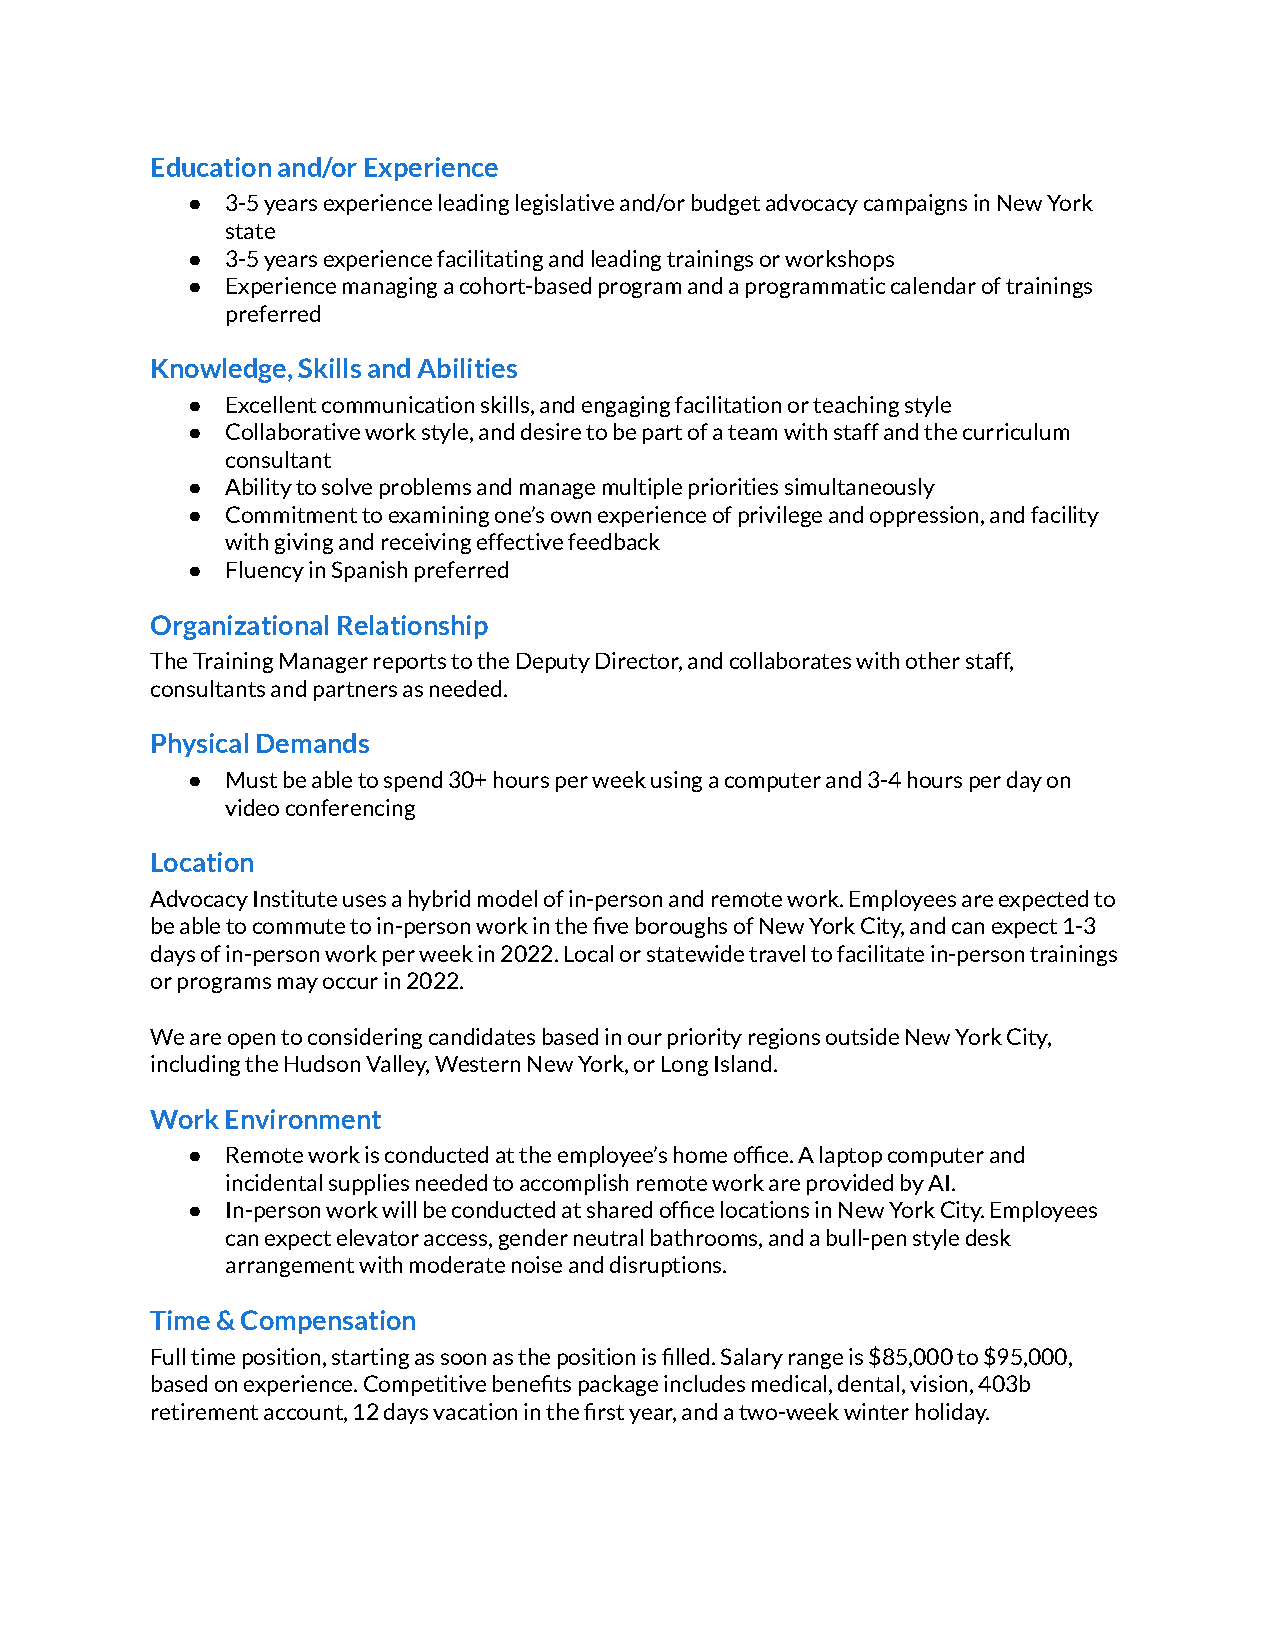
Education and/or Experience
 ●  3-5 years experience leading legislative and/or budget advocacy campaigns in New York
 state
 ●  3-5 years experience facilitating and leading trainings or workshops
 ●  Experience managing a cohort-based program and a programmatic calendar of trainings
 preferred
 Knowledge, Skills and Abilities
 ●  Excellent communication skills, and engaging facilitation or teaching style
 ●  Collaborative work style, and desire to be part of a team with staff and the curriculum
 consultant
 ●  Ability to solve problems and manage multiple priorities simultaneously
 ●  Commitment to examining one’s own experience of privilege and oppression, and facility
 with giving and receiving effective feedback
 ●  Fluency in Spanish preferred
 Organizational Relationship
 The Training Manager reports to the Deputy Director, and collaborates with other staff,
 consultants and partners as needed.
 Physical Demands
 ●  Must be able to spend 30+ hours per week using a computer and 3-4 hours per day on
 video conferencing
 Location
 Advocacy Institute uses a hybrid model of in-person and remote work. Employees are expected to
 be able to commute to in-person work in the five boroughs of New York City, and can expect 1-3
 days of in-person work per week in 2022. Local or statewide travel to facilitate in-person trainings
 or programs may occur in 2022.
 We are open to considering candidates based in our priority regions outside New York City,
 including the Hudson Valley, Western New York, or Long Island.
 Work Environment
 ●  Remote work is conducted at the employee’s home office. A laptop computer and
 incidental supplies needed to accomplish remote work are provided by AI.
 ●  In-person work will be conducted at shared office locations in New York City. Employees
 can expect elevator access, gender neutral bathrooms, and a bull-pen style desk
 arrangement with moderate noise and disruptions.
 Time & Compensation
 Full time position, starting as soon as the position is filled. Salary range is $85,000 to $95,000,
 based on experience. Competitive benefits package includes medical, dental, vision, 403b
 retirement account, 12 days vacation in the first year, and a two-week winter holiday.